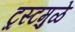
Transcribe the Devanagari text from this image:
ट्रस्टमुळे